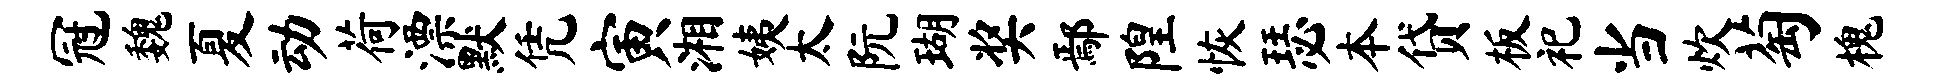
冠魏夏动荷漂默凭寅湘姨太阮瑚奖鄢隍恢瑟本贷板祀当炊萄槐